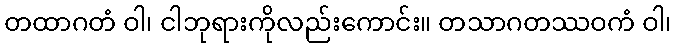
တထာဂတံ ဝါ၊ ငါဘုရားကိုလည်းကောင်း။ တသာဂတဿဝကံ ဝါ၊